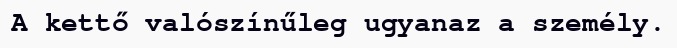
A kettő valószínűleg ugyanaz a személy.